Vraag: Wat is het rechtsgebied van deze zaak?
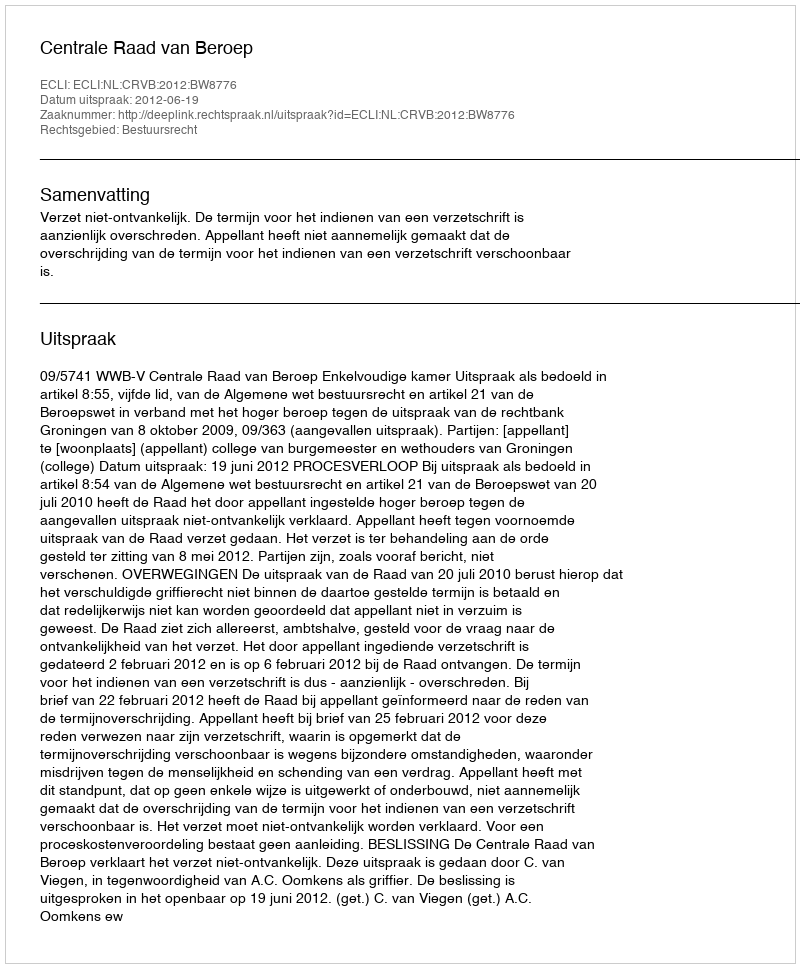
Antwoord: Bestuursrecht